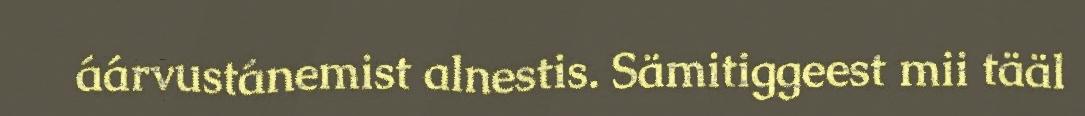
áárvustánemist alnestis. Sämitiggeest mii tääl